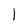
Character: l